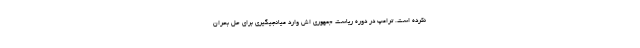
نکرده است. ترامپ در دوره ریاست جمهوری اش وارد میانجیگیری برای حل بحران